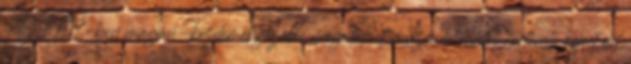
Az 1997-ben magán-kezdeményezésre megalakult múzeum hiteles történeti képet ad